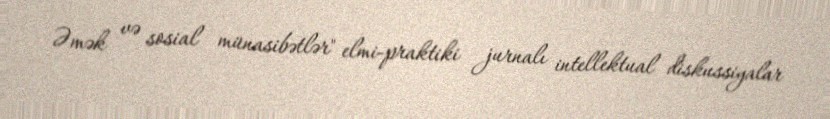
Əmək və sosial münasibətlər" elmi-praktiki jurnalı intellektual diskussiyalar